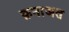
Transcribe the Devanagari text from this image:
क़नाअत